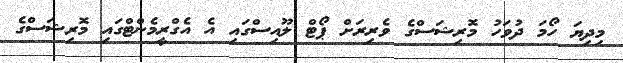
މިދިޔަ ހޯމަ ދުވަހު މޮރިޝަސްގެ ވެރިރަށް ޕޯޓް ލޫއިސްގައި އެ އެގްރީމެންޓްގައި މޮރިޝަސްގެ